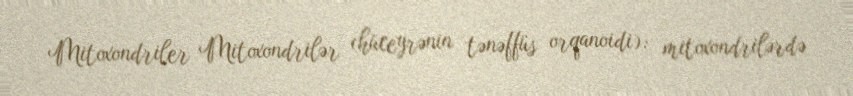
Mitoxondriler Mitoxondrilər (hüceyrənin tənəffüs orqanoidi): mitoxondrilərdə